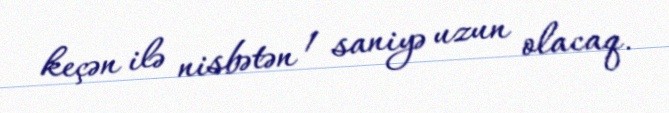
keçən ilə nisbətən 1 saniyə uzun olacaq.